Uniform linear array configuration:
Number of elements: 4
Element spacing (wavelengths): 0.5
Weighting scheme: binomial
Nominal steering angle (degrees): -45
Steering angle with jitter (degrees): -43.694
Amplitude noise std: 0.05
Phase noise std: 0.05

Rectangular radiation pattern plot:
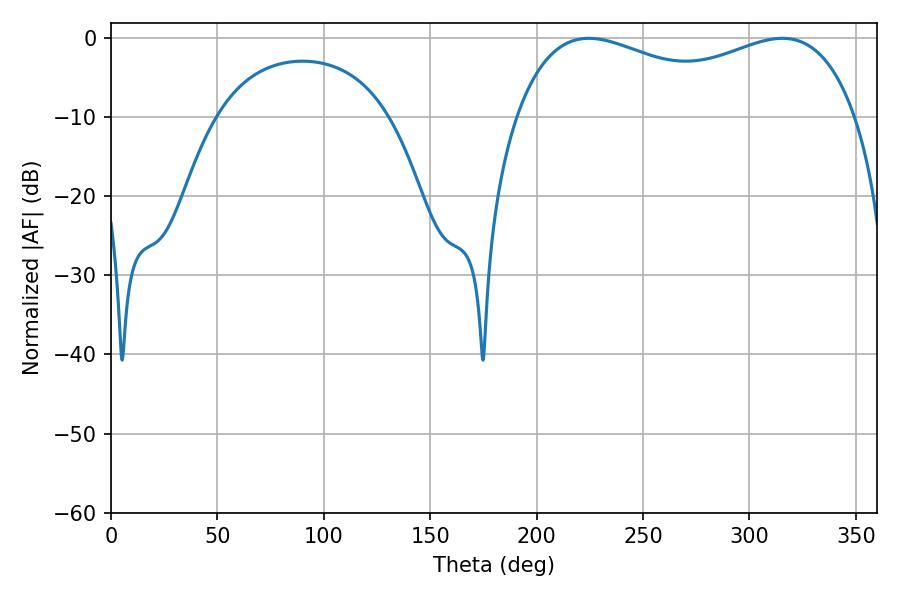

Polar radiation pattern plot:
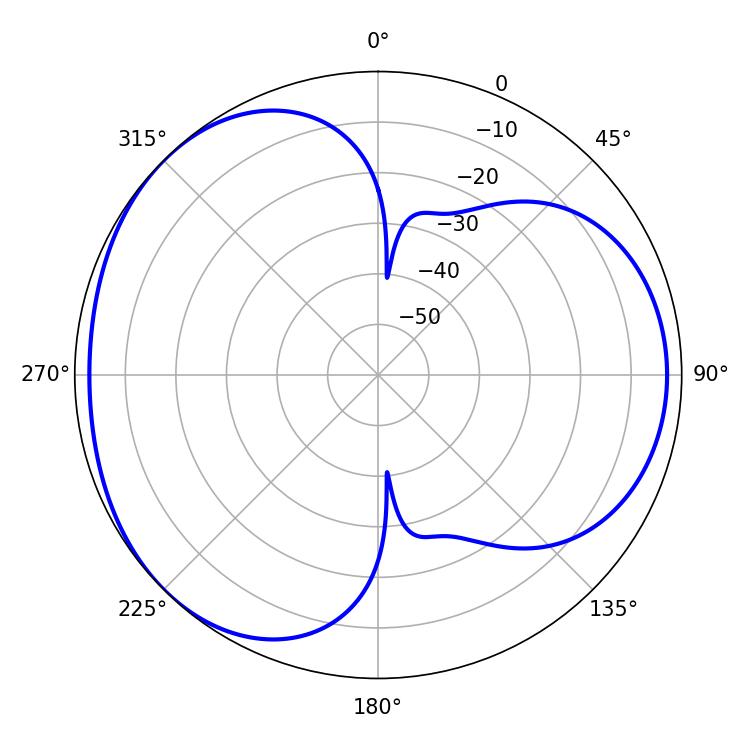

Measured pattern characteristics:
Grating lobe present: FALSE
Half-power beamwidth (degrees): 132.48
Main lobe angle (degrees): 224.46